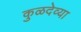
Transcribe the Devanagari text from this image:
कुळदेव्या